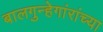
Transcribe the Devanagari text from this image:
बालगुन्हेगांरांच्या